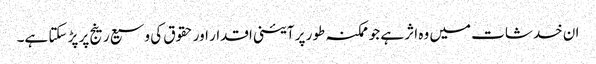
ان خدشات میں وہ اثر ہے جو ممکنہ طور پر آئینی اقدار اور حقوق کی وسیع رینج پر پڑ سکتا ہے۔